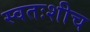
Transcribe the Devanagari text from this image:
स्वतःशीच